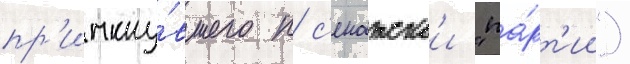
пр'имкну́вшего к с'енатскои "па́рт'ии")